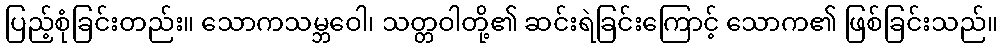
ပြည့်စုံခြင်းတည်း။ သောကသမ္ဘဝေါ၊ သတ္တဝါတို့၏ ဆင်းရဲခြင်းကြောင့် သောက၏ ဖြစ်ခြင်းသည်။